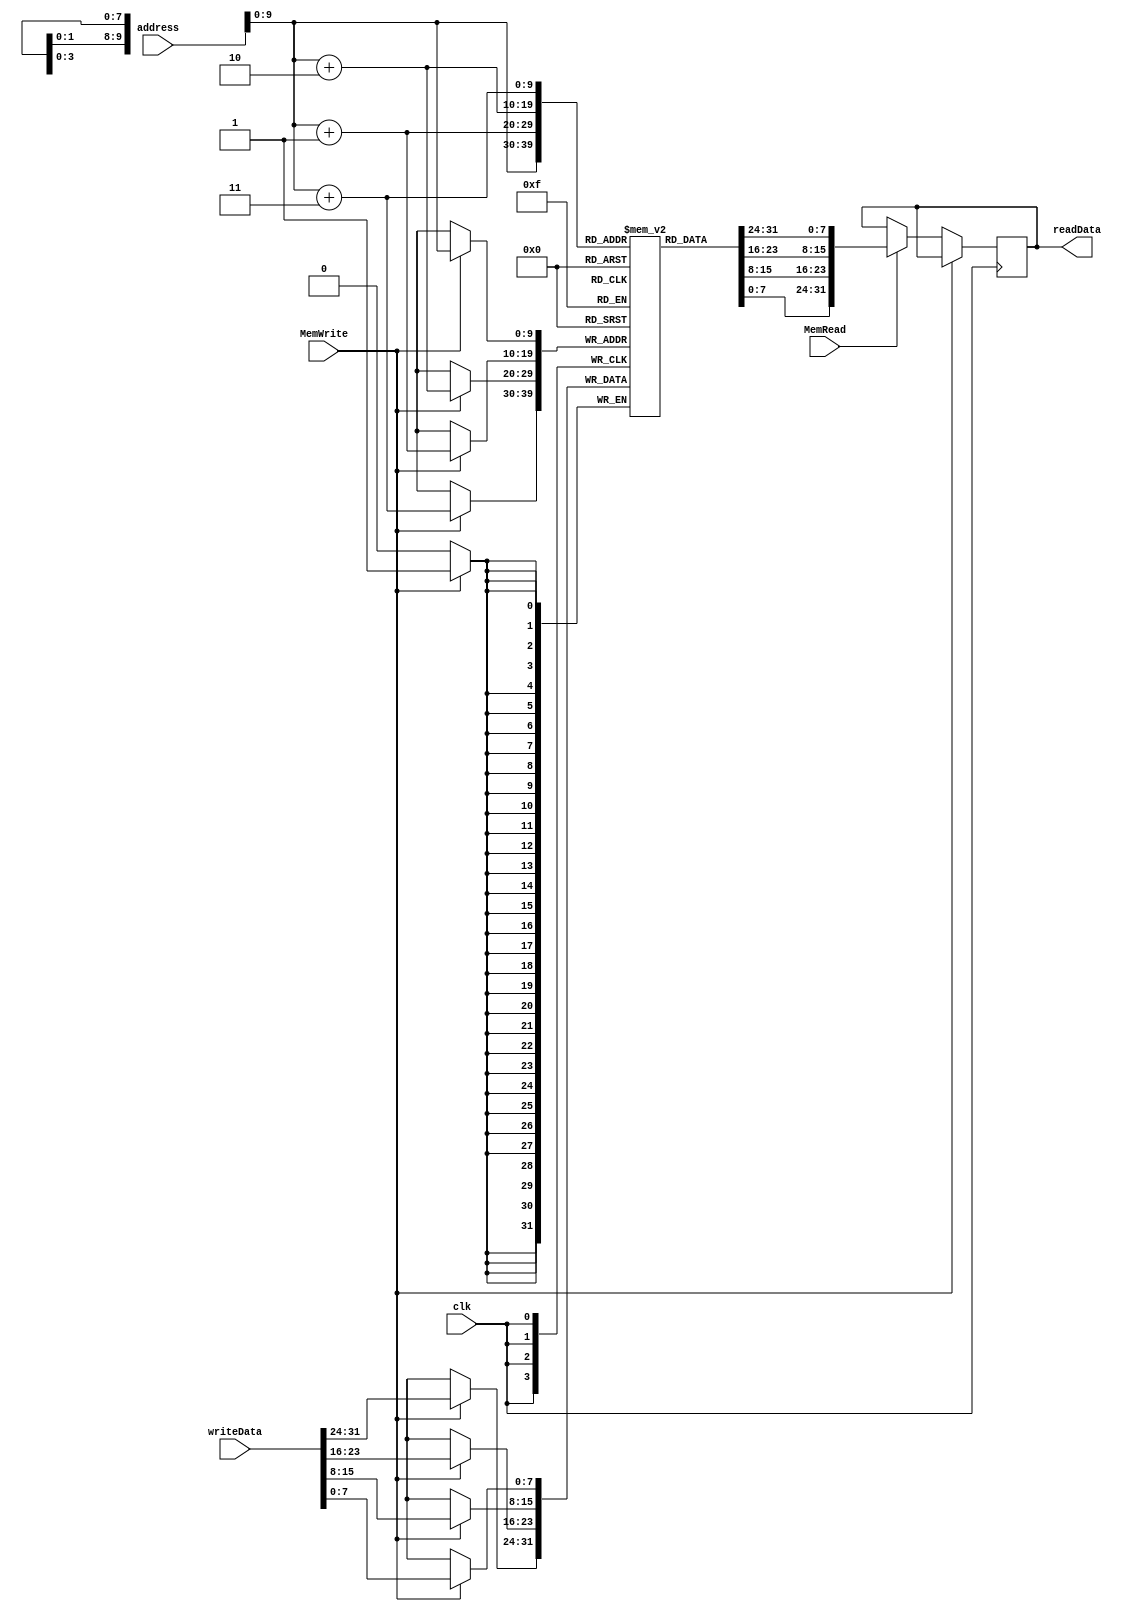
module Data_Memory(
	input MemWrite, MemRead,//Control signals for reading and writing
	input clk, //clk for synchronization.
	input [31:0] address, writeData,//Address is the address to either read or write data to
	output reg [31:0] readData);
	
	
	integer i = 8;
	reg [7:0] data_Memory [0:1023];//1Kilo-bytes of total data memory.
	
	initial
		begin
			data_Memory[0] = 8'b00000000;//LSB Addr 0
			data_Memory[1] = 8'b00000000;
			data_Memory[2] = 8'b00000000;
			data_Memory[3] = 8'b00000000;
			data_Memory[4] = 8'b00000100;//LSB Addr 1
			data_Memory[5] = 8'b00000101;
			data_Memory[6] = 8'b00000110;
			data_Memory[7] = 8'b00000111;
			
			for(i = 8; i < 1024; i = i+1)
				begin
					data_Memory[i] = 32'b0;
				end
		end
		
		always @(posedge clk)
			begin
				if(MemWrite)//Writing to memory
					begin
						data_Memory[address] <= writeData[7:0];//LSB
						data_Memory[address + 1] <= writeData[15:8];
						data_Memory[address + 2] <= writeData[23:16];
						data_Memory[address + 3] <= writeData[31:24];//MSB
					end
				else if(MemRead)//Reading to memory
					begin
						readData <= {data_Memory[address + 3], data_Memory[address + 2], data_Memory[address + 1], data_Memory[address]};
					end
			end
		
endmodule